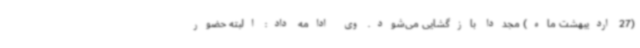
(27 اردیبهشت ماه) مجدداً بازگشایی می‌شود. وی ادامه داد: البته حضور